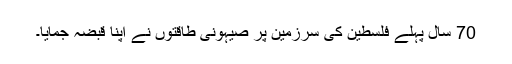
70 سال پہلے فلسطین کی سرزمین پر صیہونی طاقتوں نے اپنا قبضہ جمایا۔